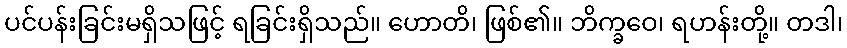
ပင်ပန်းခြင်းမရှိသဖြင့် ရခြင်းရှိသည်။ ဟောတိ၊ ဖြစ်၏။ ဘိက္ခဝေ၊ ရဟန်းတို့။ တဒါ၊